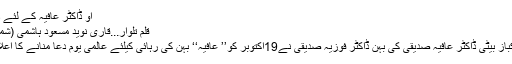
آؤ ڈاکٹر عافیہ کے لئے دعاء کریں
قلم تلوار...قاری نوید مسعود ہاشمی (شمارہ 664)
قوم کی پاکباز بیٹی ڈاکٹر عافیہ صدیقی کی بہن ڈاکٹر فوزیہ صدیقی نے19اکتوبر کو’’ عافیہ‘‘ بہن کی رہائی کیلئے عالمی یومِ دُعا منانے کا اعلان کیا ہے۔